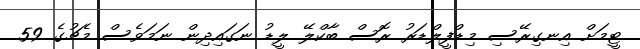
ޓީމަށް އިނގިރޭސި މިޑްފީލްޑަރު ރޮސް ބާކްލޭ ލީޑު ނަގައިދިން ނަމަވެސް މެޗުގެ 59